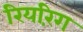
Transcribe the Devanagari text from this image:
रियरिंग